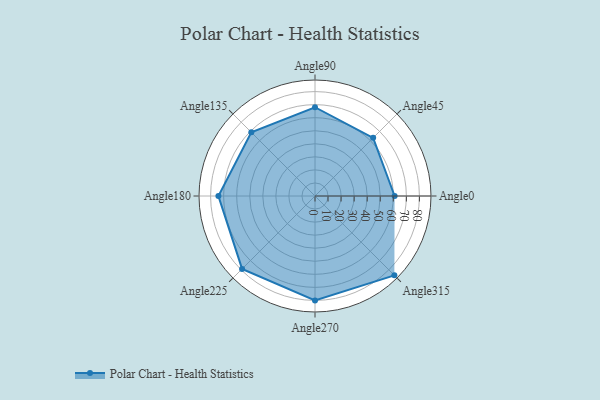
{"axis": {"x": "Angle", "y": "Radius"}, "legend": [""], "data": [{"x": "Angle0", "y": 61.0, "type": ""}, {"x": "Angle45", "y": 63.0, "type": ""}, {"x": "Angle90", "y": 68.0, "type": ""}, {"x": "Angle135", "y": 69.0, "type": ""}, {"x": "Angle180", "y": 74.0, "type": ""}, {"x": "Angle225", "y": 79.0, "type": ""}, {"x": "Angle270", "y": 80.0, "type": ""}, {"x": "Angle315", "y": 86.0, "type": ""}]}